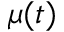
\mu ( t )